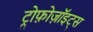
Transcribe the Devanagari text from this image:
ट्रोफ़ोज़ॉइट्स